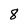
Character: 8